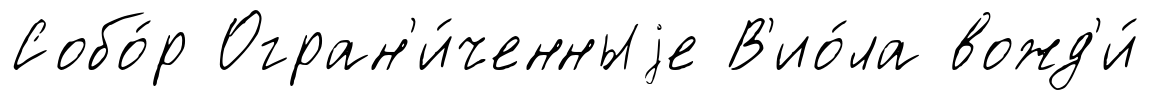
Собо́р Огран'и́ченныjе В'ио́ла вожд'и́